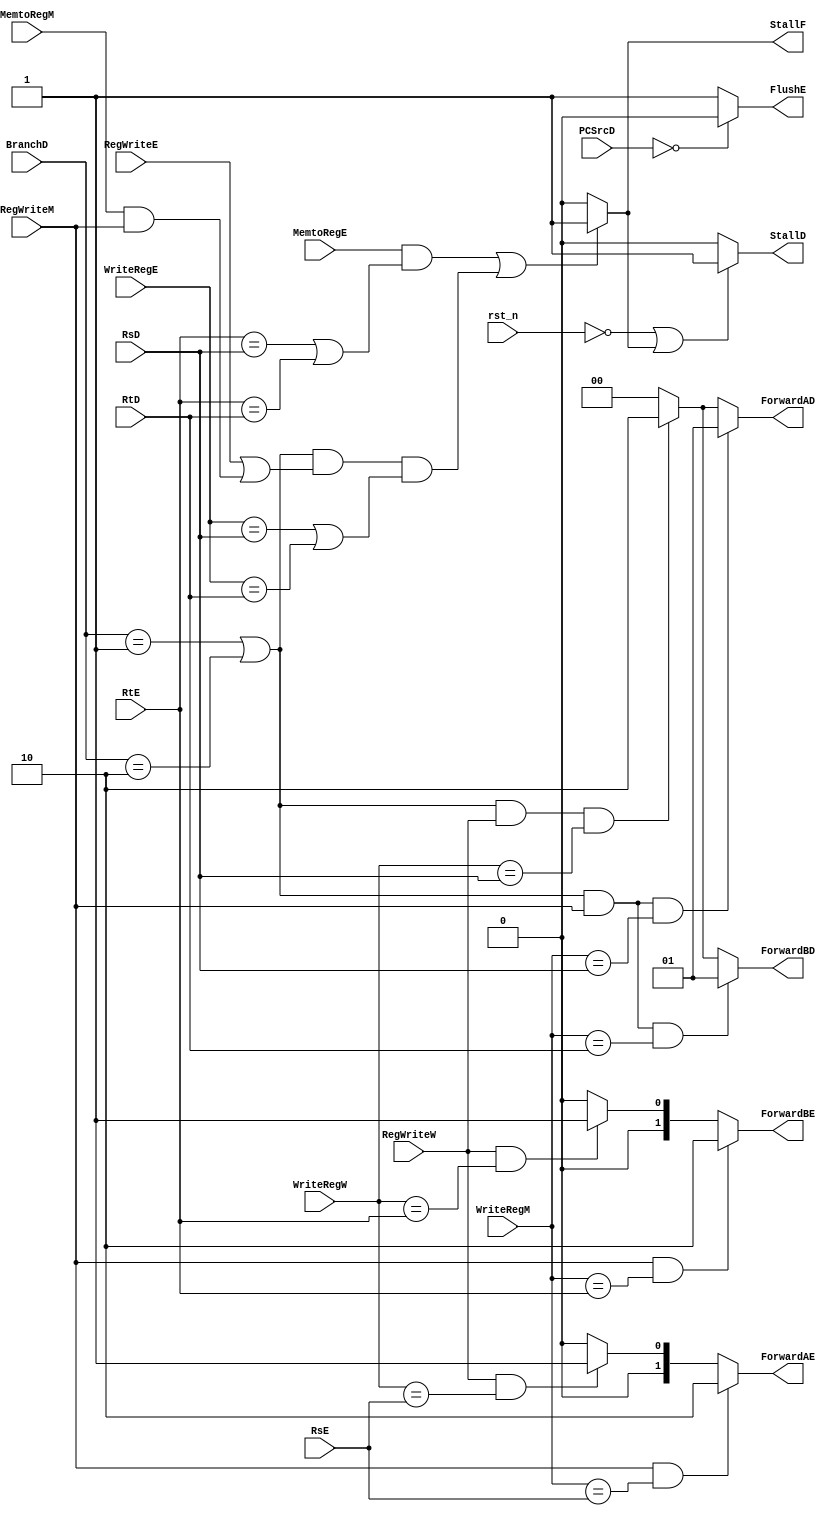
module HU(
   input rst_n,
   input [1:0]BranchD,
	input [4:0]RsD,
	input [4:0]RtD,
	input [4:0]RtE,
	input [4:0]RsE,
	input [4:0]WriteRegE,
	input MemtoRegE,
	input RegWriteE,
	input MemtoRegM,
	input RegWriteM,
	input RegWriteW,
	input [4:0]WriteRegM,
	input [4:0]WriteRegW,
	input [1:0]PCSrcD,
	output StallF,
	output StallD,
	output [1:0]ForwardAD,
	output [1:0]ForwardBD,
	output FlushE,
	output [1:0]ForwardAE,
	output [1:0]ForwardBE
    );
 
 assign ForwardAE = (RegWriteM&&WriteRegM==RsE)?2'b10:(RegWriteW&&WriteRegW==RsE)?2'b01:2'b00;
 assign ForwardBE = (RegWriteM&&WriteRegM==RtE)?2'b10:(RegWriteW&&WriteRegW==RtE)?2'b01:2'b00;
 assign StallF    = ((MemtoRegE&&(RtE==RsD||RtE==RtD))||((BranchD==2'd1||BranchD==2'd2)&&(RegWriteE||(MemtoRegM&&RegWriteM))&&(WriteRegE==RsD||WriteRegE==RtD)))?1:0;
 assign StallD    =  (~rst_n||StallF)?1:0;
 assign FlushE    =  (PCSrcD==2'd0)?0:1;
 assign ForwardAD = ((BranchD==2'd1||BranchD==2'd2)&&RegWriteM&&WriteRegM==RsD)?2'd1:((BranchD==2'd1||BranchD==2'd2)&&RegWriteW&&WriteRegW==RsD)?2'd2:2'd0;
 assign ForwardBD = ((BranchD==2'd1||BranchD==2'd2)&&RegWriteM&&WriteRegM==RtD)?2'd1:((BranchD==2'd1||BranchD==2'd2)&&RegWriteW&&WriteRegW==RsD)?2'd2:2'd0;
endmodule